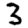
Digit: 3